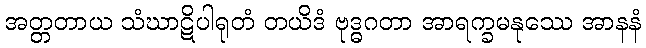
အတ္တတာယ သံဃာဋိပါရုတံ တယိဒံ ဗုဒ္ဓဂတာ အာရက္ခမနုဿေ အာနနံ